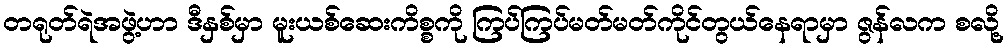
တရုတ်ရဲအဖွဲ့ဟာ ဒီနှစ်မှာ မူးယစ်ဆေးကိစ္စကို ကြပ်ကြပ်မတ်မတ်ကိုင်တွယ်နေရာမှာ ဇွန်လက စလို့